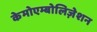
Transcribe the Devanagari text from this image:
केमोएम्बोलिज़ेशन